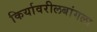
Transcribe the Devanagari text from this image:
किर्यावरीलबांगला